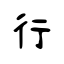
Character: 行